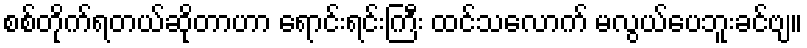
စစ်တိုက်ရတယ်ဆိုတာဟာ ရောင်းရင်းကြီး ထင်သလောက် မလွယ်ပေဘူးခင်ဗျ။